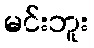
မင်းဘူး